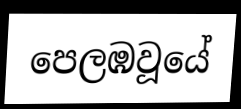
පෙලඹවූයේ